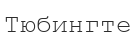
Тюбингте